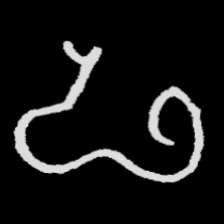
Pyu character \u2014 Myanmar letter: ဖ (romanized: pha)